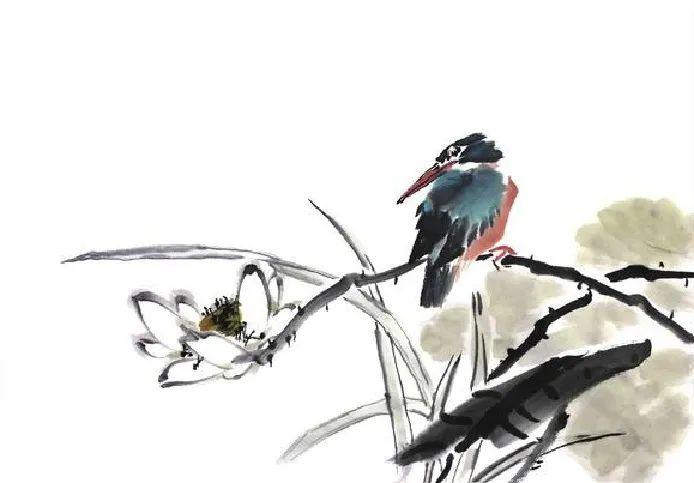
渐老多忧百事忙，天寒日短更心伤。